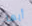
أيها